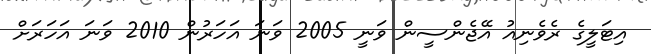
އިޓަލީގެ ރެވެނިއު އޭޖެންސީން ވަނީ 2005 ވަނަ އަހަރުން 2010 ވަނަ އަހަރަށް